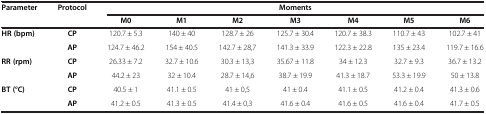
| <ROWSPAN=2> Parameter | <ROWSPAN=2> Protocol | <COLSPAN=7> Moments |
 | M0 | M1 | M2 | M3 | M4 | M5 | M6 |
 | --- | --- | --- | --- | --- | --- | --- | --- | --- |
 | <ROWSPAN=2> HR (bpm) | CP | 120.7 ± 5.3 | 140 ± 40 | 128.7 ± 26 | 125.7 ± 30.4 | 120.7 ± 38.3 | 110.7 ± 43 | 102.7 ± 41 |
 | AP | 124.7 ± 46.2 | 154 ± 40.5 | 142.7 ± 28,7 | 141.3 ± 33.9 | 122.3 ± 22.8 | 135 ± 23.4 | 119.7 ± 16.6 |
 | <ROWSPAN=2> RR (rpm) | CP | 26.33 ± 7.2 | 32.7 ± 10.6 | 30.3 ± 13,3 | 35.67 ± 11.8 | 34 ± 12.3 | 32.7 ± 9.3 | 36.7 ± 13.2 |
 | AP | 44.2 ± 23 | 32 ± 10.4 | 28.7 ± 14,6 | 38.7 ± 19.9 | 41.3 ± 18.7 | 53.3 ± 19.9 | 50 ± 13.8 |
 | <ROWSPAN=2> BT (°C) | CP | 40.5 ± 1 | 41.1 ± 0.5 | 41 ± 0,5 | 41 ± 0.4 | 41.1 ± 0.5 | 41.2 ± 0.4 | 41.3 ± 0.6 |
 | AP | 41.2 ± 0.5 | 41.3 ± 0.5 | 41.4 ± 0,3 | 41.6 ± 0.4 | 41.6 ± 0.5 | 41.6 ± 0.4 | 41.7 ± 0.5 |